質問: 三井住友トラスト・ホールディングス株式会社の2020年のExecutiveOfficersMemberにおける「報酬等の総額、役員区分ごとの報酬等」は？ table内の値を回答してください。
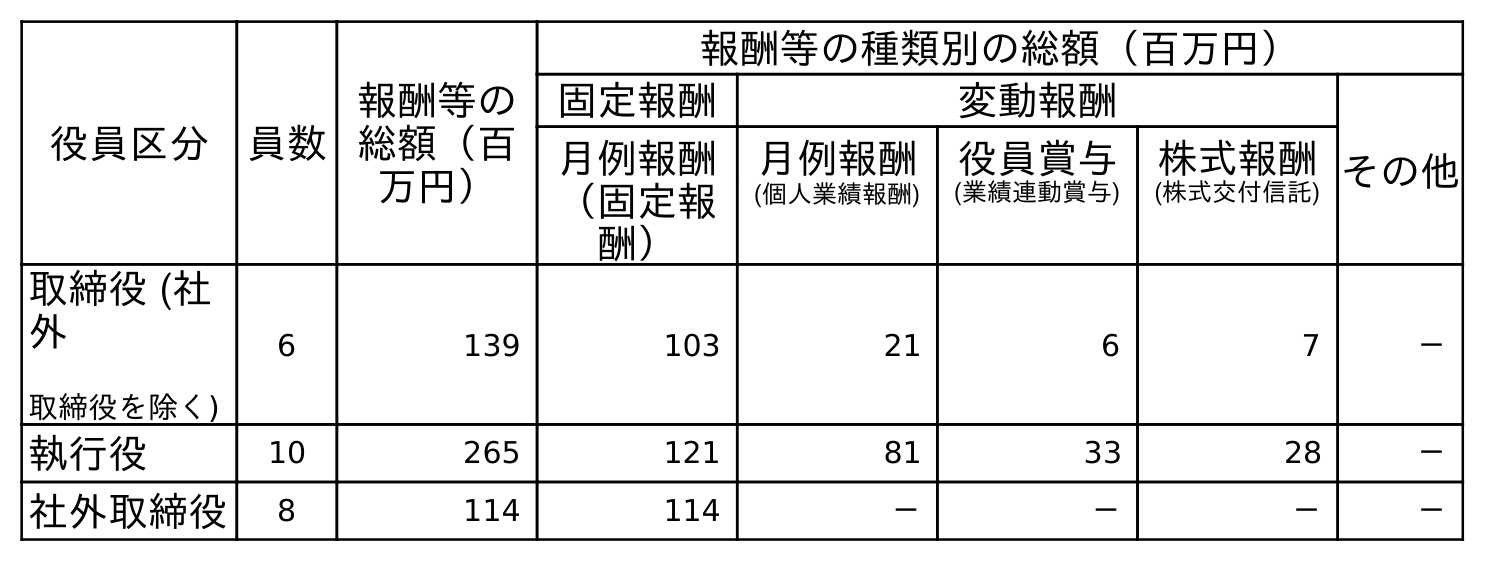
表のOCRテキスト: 役員区分 員数 報酬等の 総額（百 万円） 報酬等の種類別の総額（百万円） 固定報酬 変動報酬 その他 月例報酬 月例報酬 役員賞与 株式報酬 （固定報 酬） (個人業績報酬) (業績連動賞与) (株式交付信託) 取締役 (社 外 取締役を除く) 6 139 103 21 6 7 － 執行役 10 265 121 81 33 28 － 社外取締役 8 114 114 － － － －
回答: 265